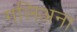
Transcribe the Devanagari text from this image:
गलिअना